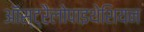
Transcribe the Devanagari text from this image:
ऑस्ट्रैलोपाइथेशियन